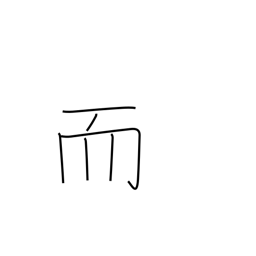
Meaning: and then